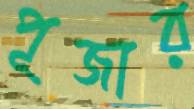
পূজার